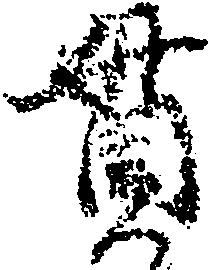
貫